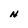
Character: N